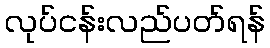
လုပ်ငန်းလည်ပတ်ရန်